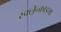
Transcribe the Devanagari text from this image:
स्क्ल्रेन्काइमा